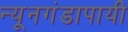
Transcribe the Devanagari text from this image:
न्यूनगंडापायी